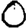
Digit: 0